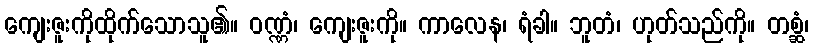
ကျေးဇူးကိုထိုက်သောသူ၏။ ဝဏ္ဏံ၊ ကျေးဇူးကို။ ကာလေန၊ ရံခါ။ ဘူတံ၊ ဟုတ်သည်ကို။ တစ္ဆံ၊